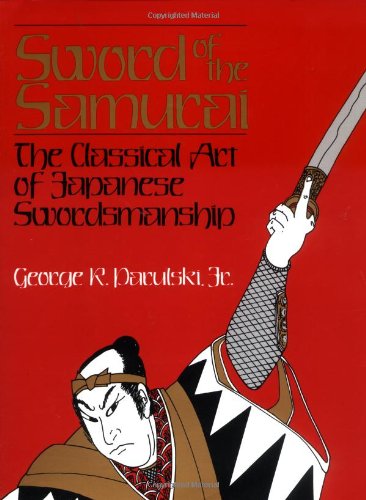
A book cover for Sword Of The Samurai: The Classical Art Of Japanese Swordsmanship; George R. Parulski; Sports & Outdoors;